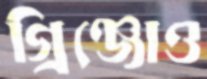
গ্রিঞ্জোও